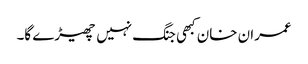
عمران خان کبھی جنگ نہیں چھیڑے گا۔